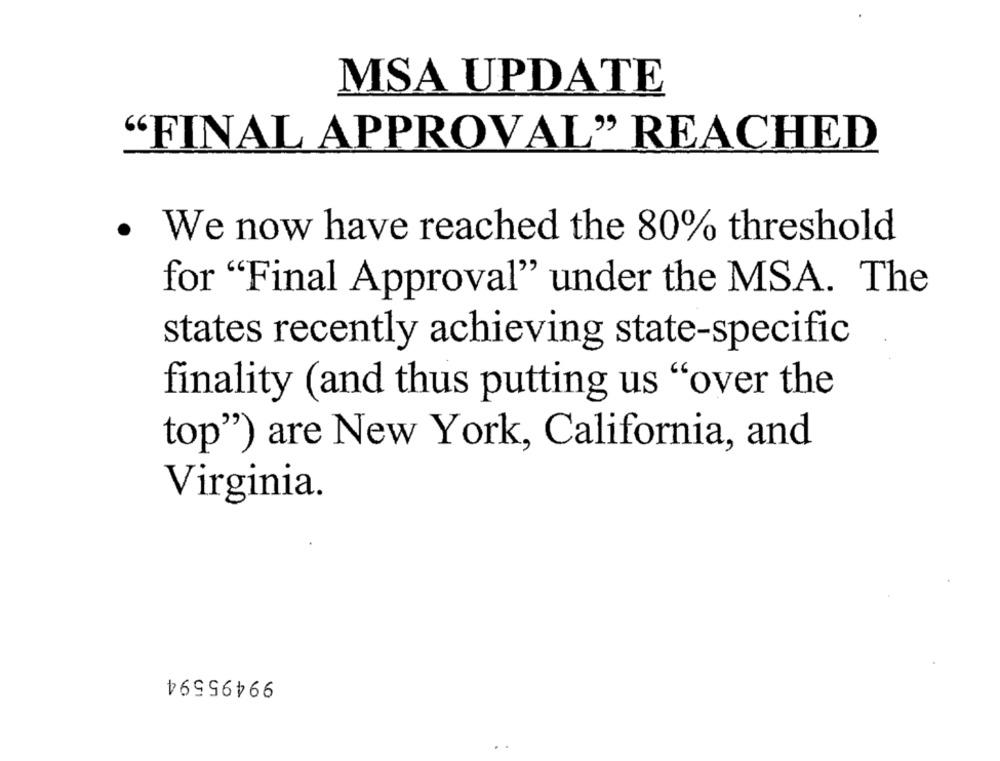
MSA UPDATE
"FINAL APPROVAL" REACHED
· We now have reached the 80% threshold
for "Final Approval" under the MSA. The
states recently achieving state-specific
finality (and thus putting us "over the
top") are New York, California, and
Virginia.
99495594